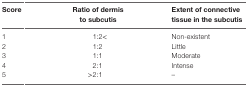
<table><thead><tr><td><b>Score</b></td><td><b>Ratio of dermis to subcutis</b></td><td><b>Extent of connective tissue in the subcutis</b></td></tr></thead><tbody><tr><td>1</td><td>1:2&lt;</td><td>Non-existent</td></tr><tr><td>2</td><td>1:2</td><td>Little</td></tr><tr><td>3</td><td>1:1</td><td>Moderate</td></tr><tr><td>4</td><td>2:1</td><td>Intense</td></tr><tr><td>5</td><td>&gt;2:1</td><td>–</td></tr></tbody></table>